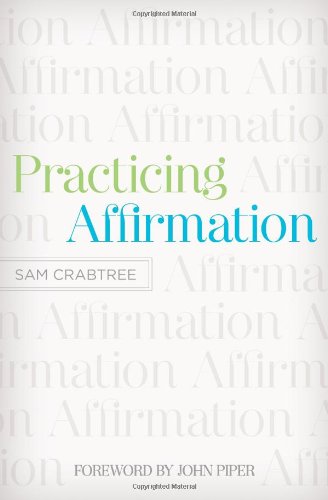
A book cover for Practicing Affirmation: God-Centered Praise of Those Who Are Not God; Sam Crabtree; Christian Books & Bibles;